Bréfritari: Stefanía Siggeirsdóttir
Viðtakandi: Páll Pálsson
Dagsetning: A-1871-09-11
Skrifað á: Hraungerði  Árn.
Stefanía var bróðurdóttir Páls Pálssonar

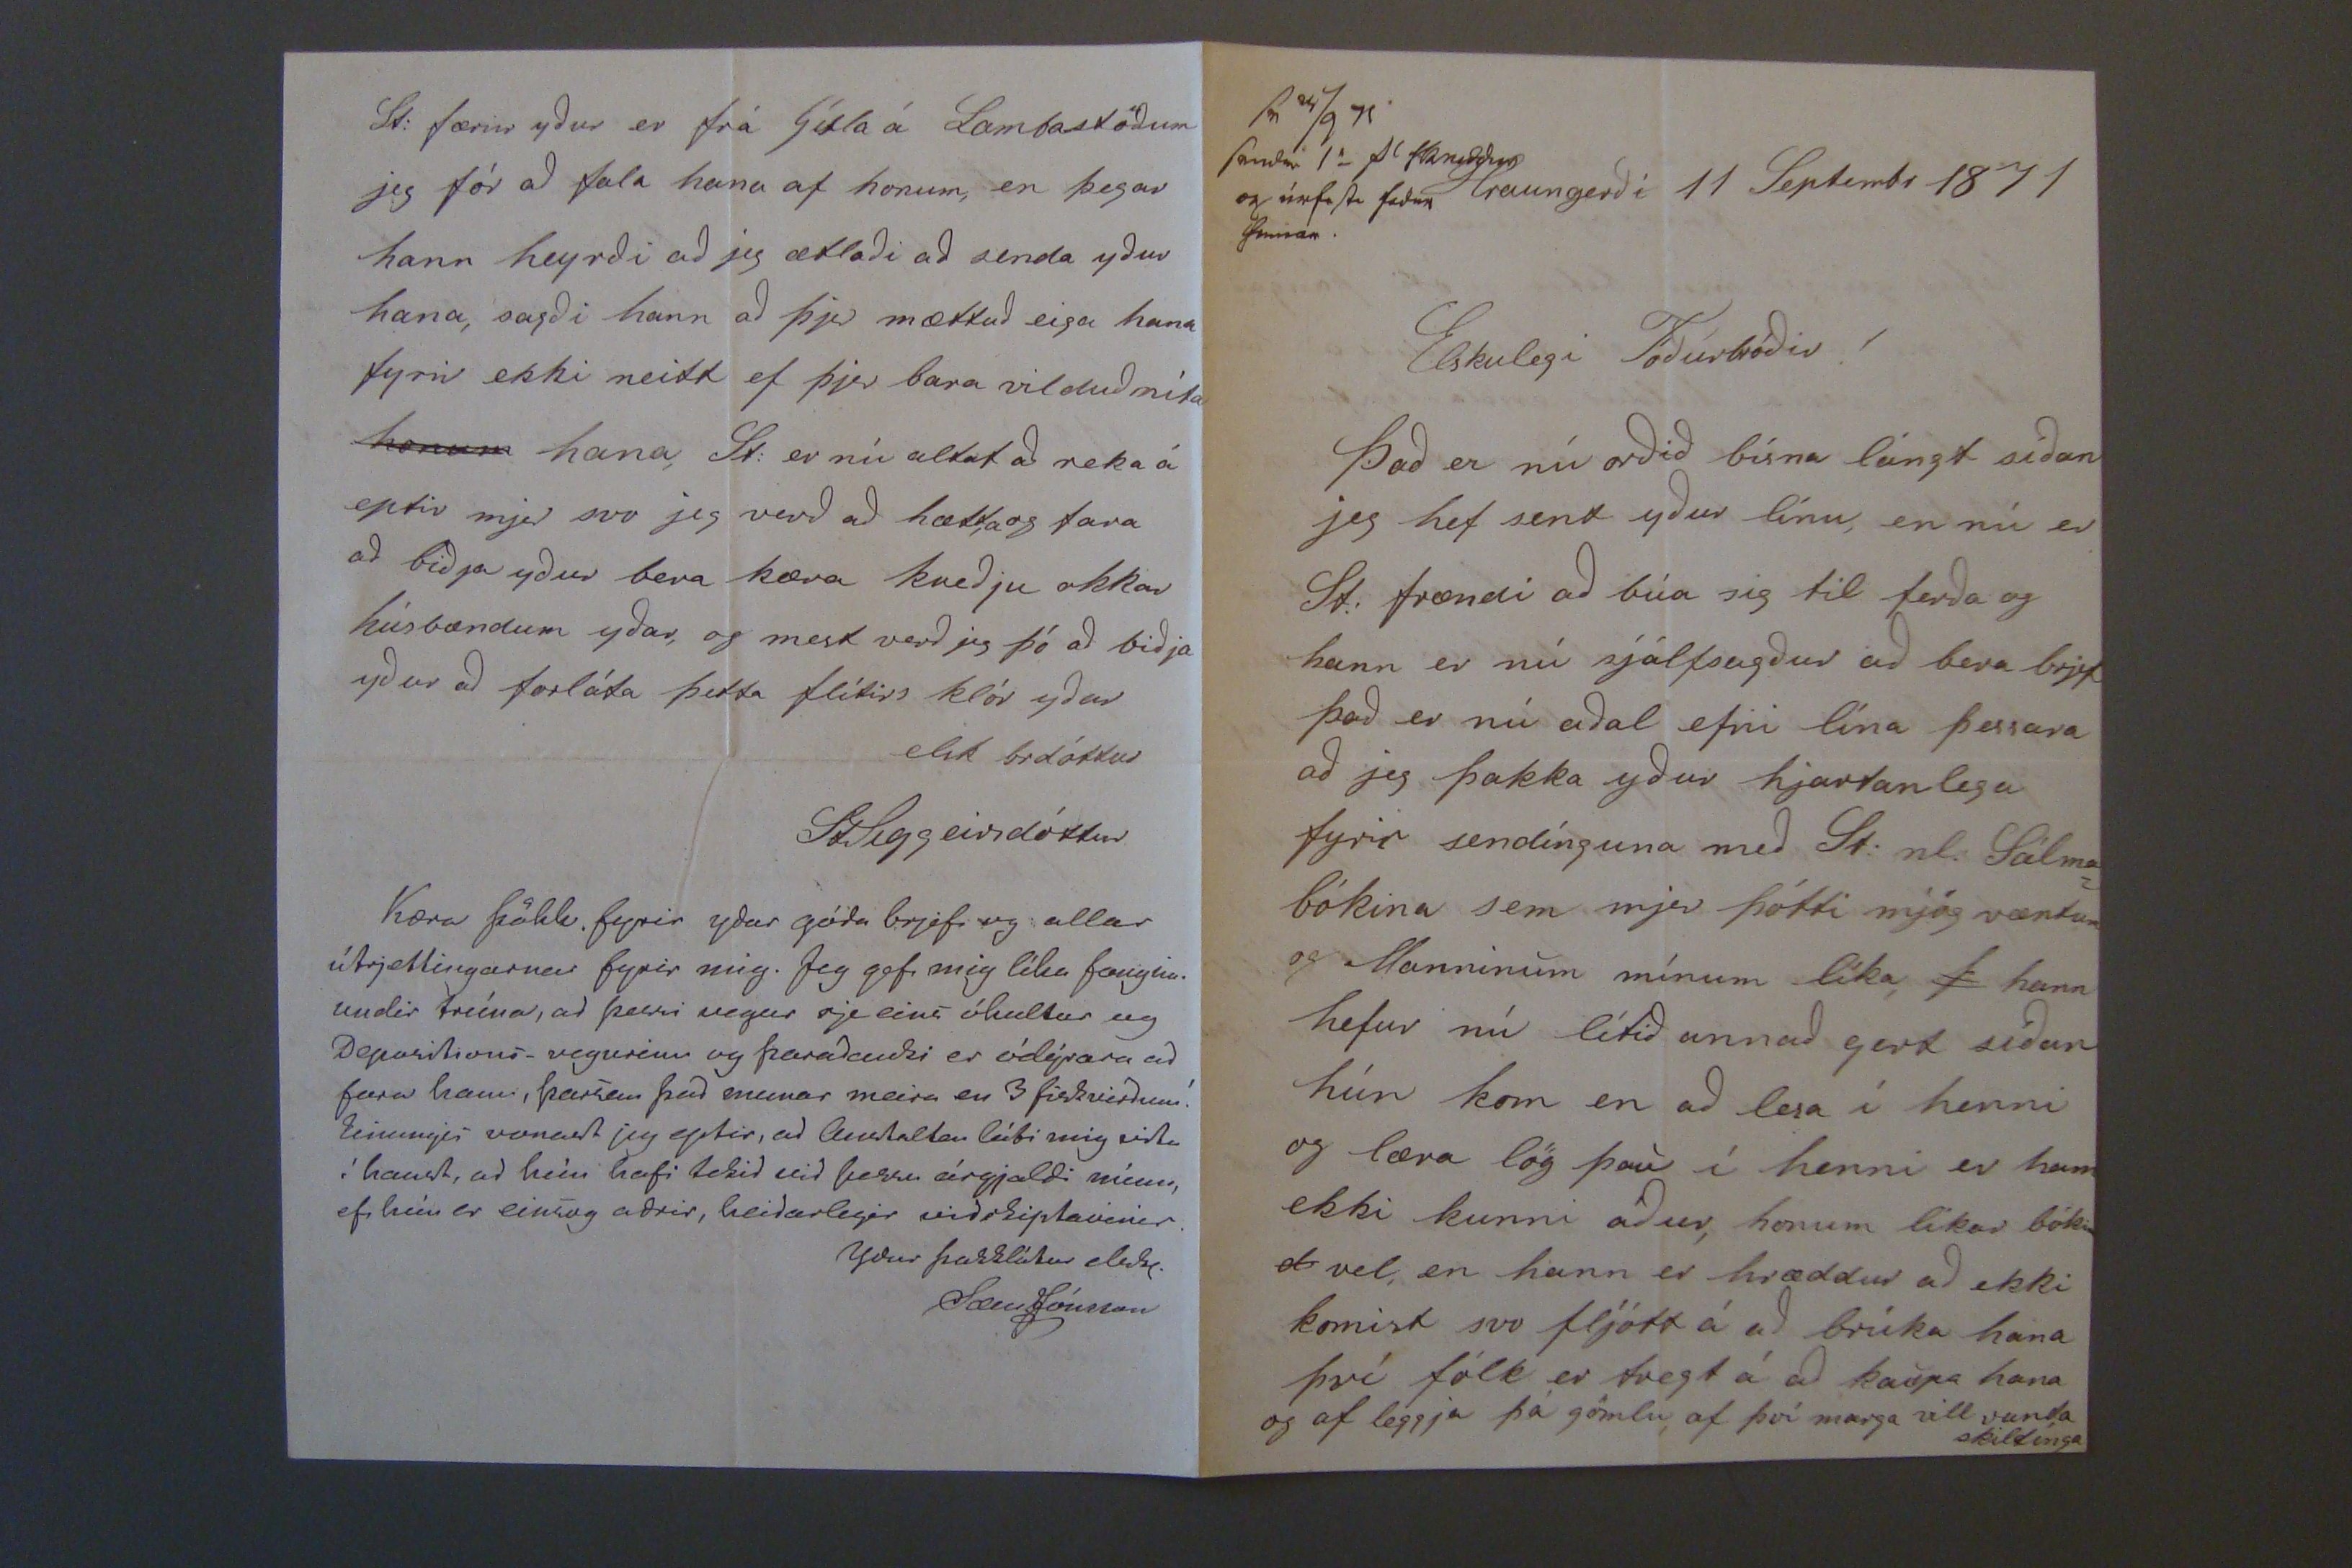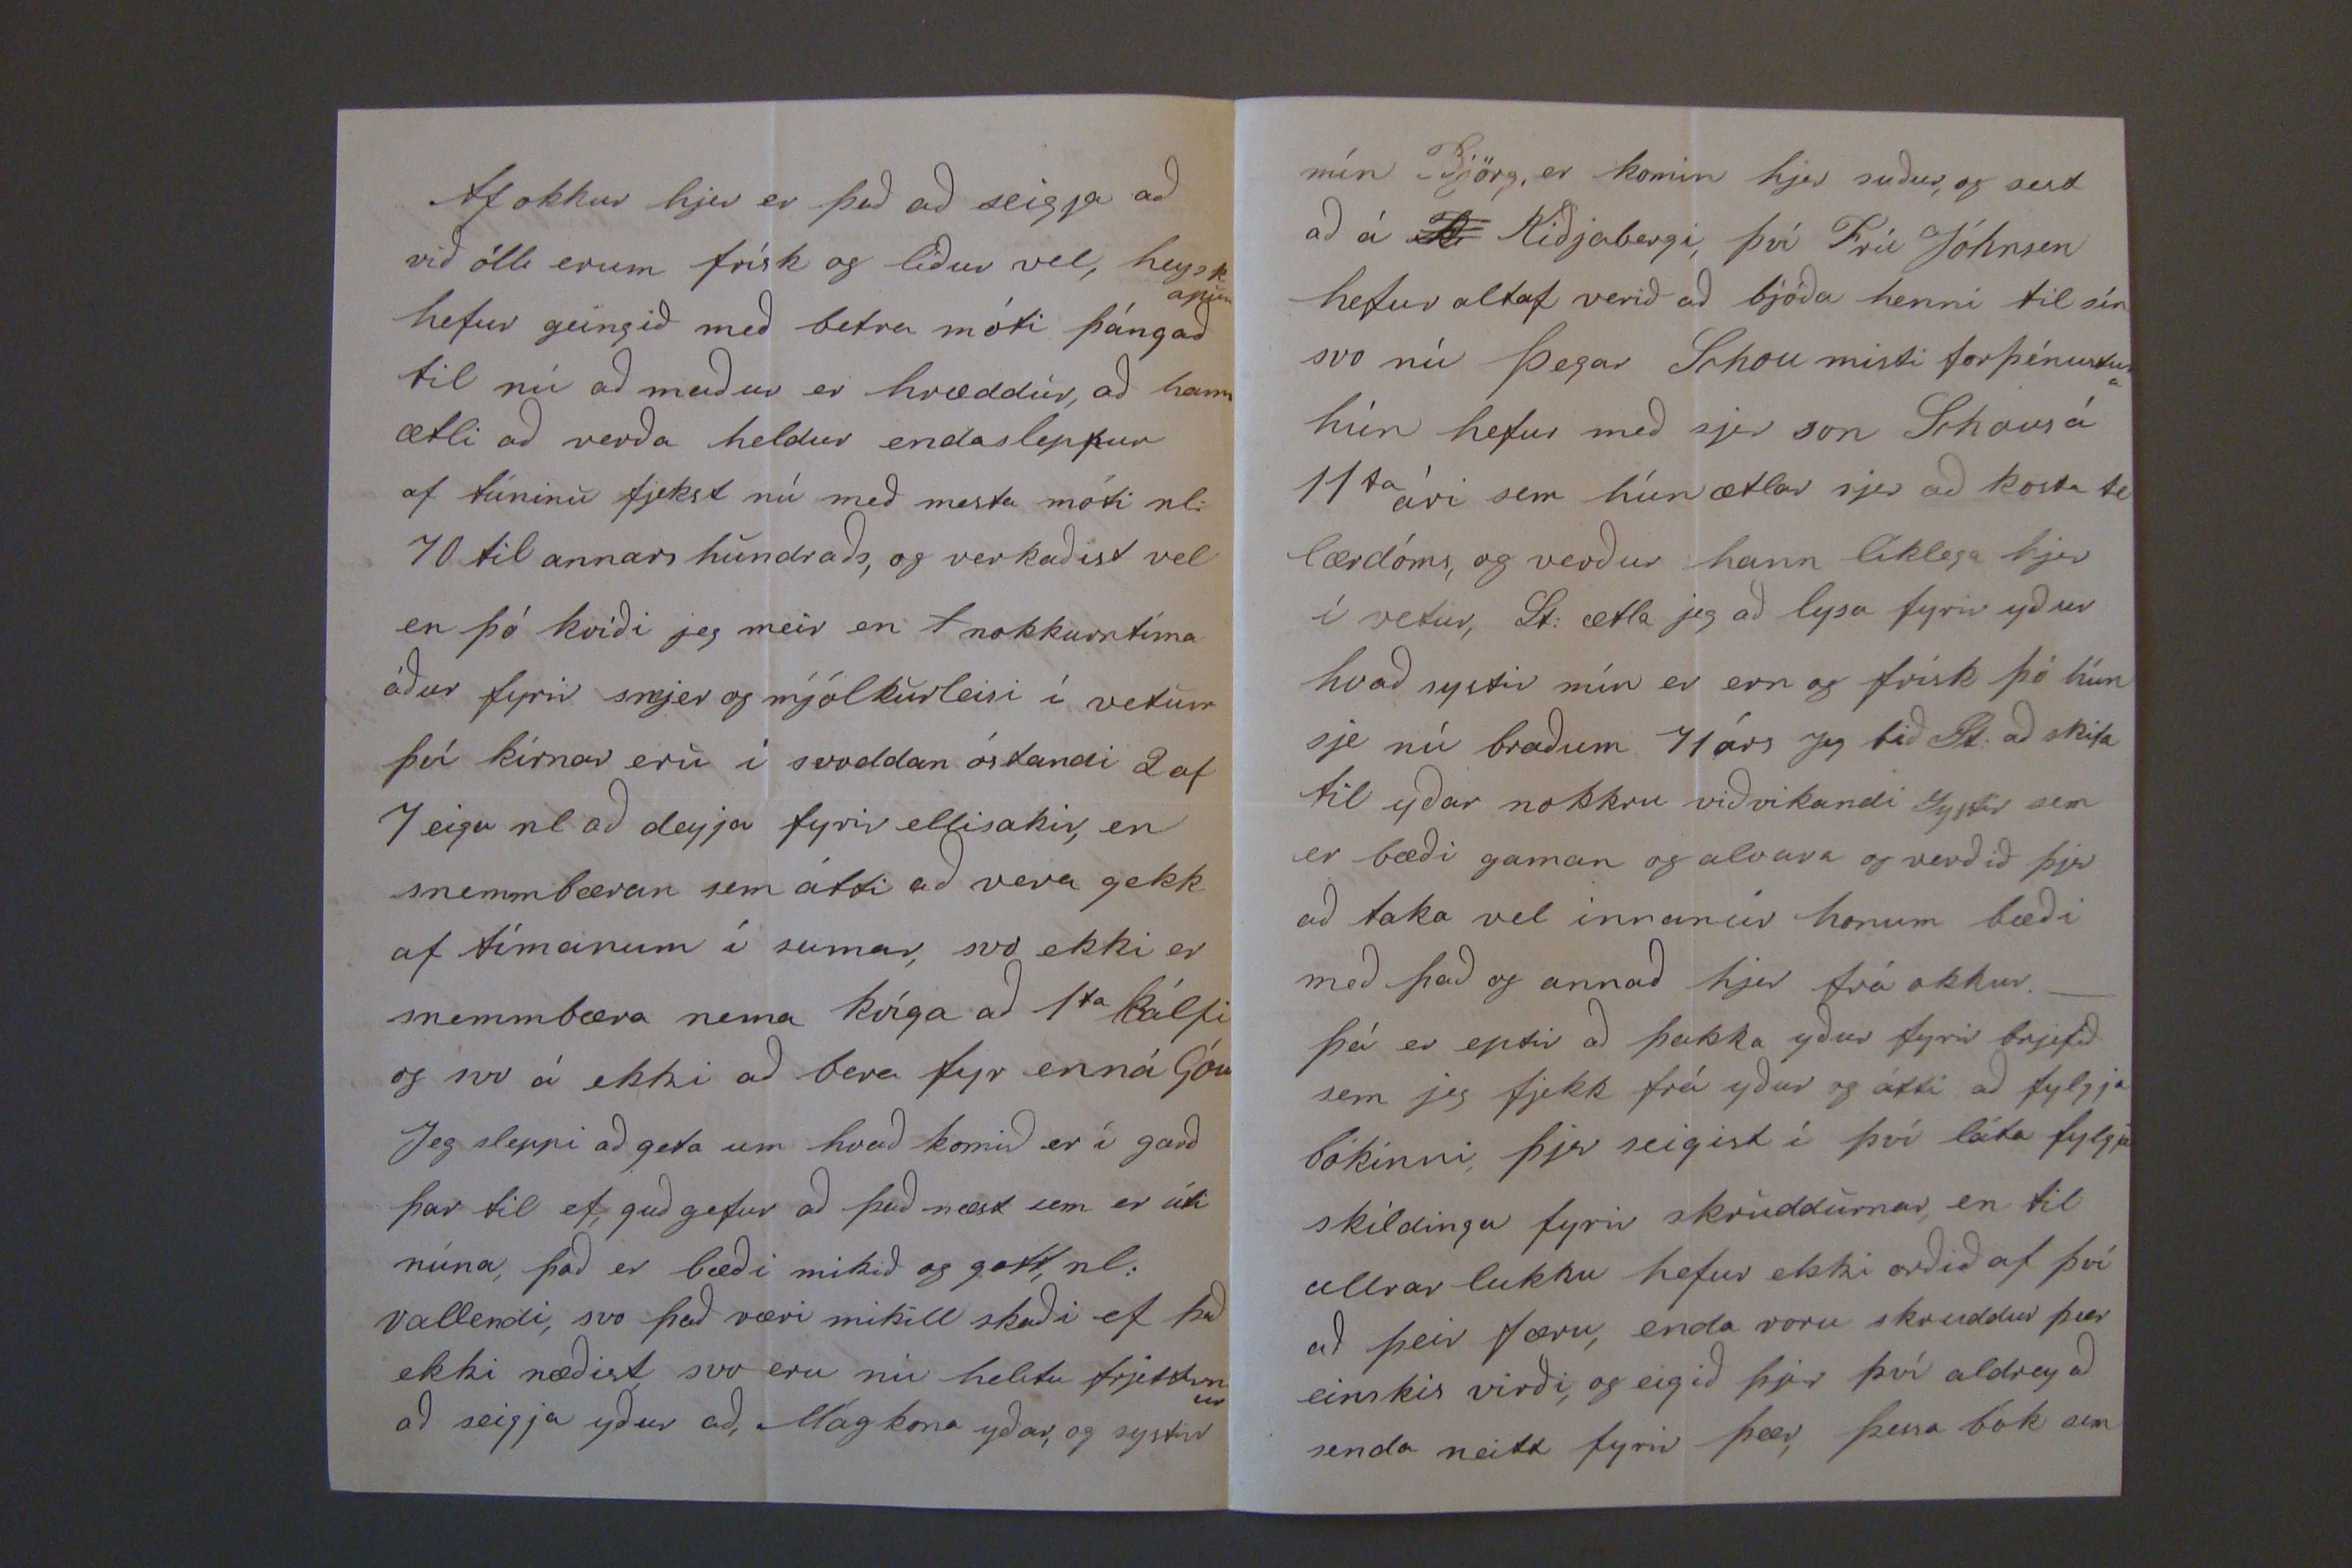

sv 24/9
71 sendur 1a pl skruddur og úr000 f000 hennar
Hraungerði 11 Septembr 1871
Elskulegi Föðurbróðir!
Það er nú orðið bísna lángt síðan jeg hef sent yður línu, en nú er St: frændi að búa sig til ferða og hann er nú sjálfsagður að bera brjef það er nú aðal efni lína þessara að jeg þakka yður hjartanlega fyrir sendínguna með St: nl: Sálma= bókina sem mjer þótti mjög væntum og Manninum mínum líka,
þ
hann hefur nú lítið annað gert síðan hún kom en að lesa í henni og læra lög þau í henni er hann ekki kunni áður, honum líkar bókin
d
vel, en hann er hræddur að ekki komist svo fljótt á að brúka hana því fólk er tregt á að kaupa hana og af leggja þá gömlu af því marga vill vanda skildínga
Af okkur hjer er það að seigja að við öll erum frísk og líður vel, heyskapur hefur geingið með betra móti þángað til nú að maður er hræddur, að hann ætli að verða heldur endaslep
t
ur af túninu fjekst nú með mesta móti nl: 70 til annars hundraðs, og verkaðist vel en þó kvíði jeg meir en
f
nokkurstíma áður fyrir smjer og mólkurleisi í vetur því kírnar eru í svoddan ástandi 2 af 7 eiga nl að deyja fyrir ellisakir, en snemmbæran sem átti að vera gekk af tímanum í sumar, svo ekki er snemmbæra nema kvíga að 1ta kálfi og svo á ekki að bera fyr enná Góu Jeg sleppi að geta um hvað komið er í garð þar til ef guð gefur að það næst sem er úti núna, það er bæði mikið og gott, nl: vallendi, svo það væri mikill skaði ef það ekki næðist, svo eru nú helstu frjett
irnar
að seigja yður að, Mágkona yðar, og systir
mín Björg, er komin hjer suður, og sest að á
Ki
Kiðjabergi, því Frú Jóhnsen hefur altaf verið að bjóða henni til sín svo nú þegar
Sihau
misti forþénustuna hún hefur með sjer son
Sihaus
á 11ta ári sem hún ætlar sjer að kosta til lærdóms, og verður hann líklega hjer í vetur, St: ætla jeg að lysa fyrir yður hvað systir mín er ern og frísk þó hún sje nú braðum 41 árs Jeg bið St: að skila til yðar nokkru viðvikandi systir sem er bæði gaman og alvara og verðið þjer að taka veel innanúr honum bæði með það og annað hjer frá okkur._ þá er eptir að þakka yður fyrir brjefið sem jeg fjekk frá yður og átti að fylgja bókinni, þjer seigist í því láta fylgja skildingu fyrir skruddurnar, en til allrar lukku hefur ekki orðið af því að þeir færu, enda voru skruddur þær einskis virði, og eigið þjer því aldrey að senda neitt fyrir þær, þessa bók sem
St: færir yður er frá Gísla á Lambastöðum jeg fór að tala hana af honum, en þegar hann heyrði að jeg ætlaði að senda yður hana, sagði hann að þjer mættuð eiga hana fyrir ekki neitt ef þjer bara vilduð níta
honum
hana St: er nú altaf að reka á eptir mjer svo jeg verð að hætta og fara að biðja yður bera kæra kveðju okkar húsbændum yðar, og mest verð jeg þó að biðja yður að forláta þetta flítirs klór yður elsk brdóttur
StSiggeirsdóttur
Kæra þökk fyrir yðar góða brjef og allar útrjettingarnar fyrir mig. Jeg gef mig líka
fang00
undir trúna, að þessi vegur sje eins óhultur og Depasitions_vegurinn og þaraðauki er ódýrara að fara hann, þarsem það munar meira en 3 fiskverðum! Einungis vonast jeg eptir, að
aust0l0an
láti mig vita í haust, að hún hafi tekið við þessu árgjaldi mínu, ef hún er einsog aðrir, heiðarlegir viðskiptavinir.
Yður þakklátur elsk.
Sæm Jónsson